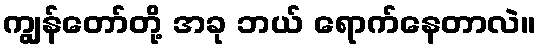
ကျွန်တော်တို့ အခု ဘယ် ရောက်နေတာလဲ။